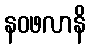
နဝဖလာနိ